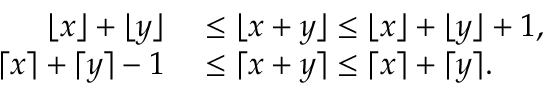
\begin{array} { r l } { \lfloor x \rfloor + \lfloor y \rfloor } & { { } \leq \lfloor x + y \rfloor \leq \lfloor x \rfloor + \lfloor y \rfloor + 1 , } \\ { \lceil x \rceil + \lceil y \rceil - 1 } & { { } \leq \lceil x + y \rceil \leq \lceil x \rceil + \lceil y \rceil . } \end{array}